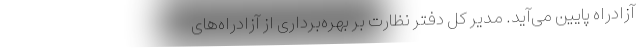
آزادراه پایین می‌آید. مدیر کل دفتر نظارت بر بهره‌برداری از آزادراه‌های